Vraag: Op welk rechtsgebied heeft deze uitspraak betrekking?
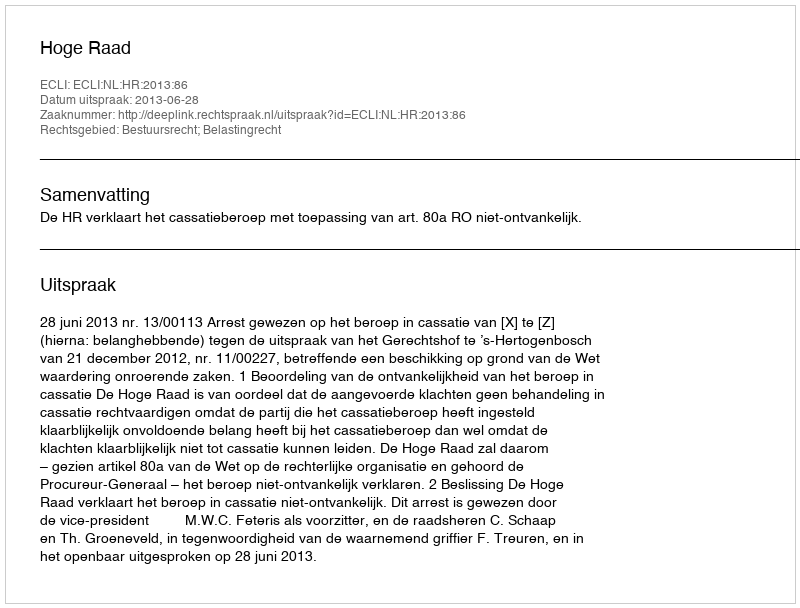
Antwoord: Bestuursrecht; Belastingrecht